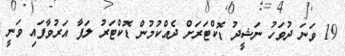
19 ވަނަ ދުވަހު ނަޝީދު ޑޮކްޓަރަށް ދެއްކުމުން ޑޮކްޓަރު ލަފާ އަރުވާފައި ވަނީ